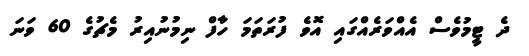
ދެ ޓީމުވެސް އެއްވަރެއްގައި އޮވެ ފުރަތަމަ ހާފް ނިމުނުއިރު މެޗުގެ 60 ވަނަ